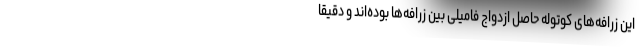
این زرافه‌های کوتوله حاصل ازدواج فامیلی بین زرافه‌ها بوده‌اند و دقیقاً